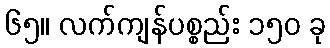
၆၅။ လက်ကျန်ပစ္စည်း ၁၅၀ ခု